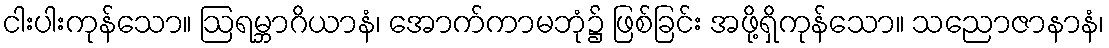
ငါးပါးကုန်သော။ ဩရမ္ဘာဂိယာနံ၊ အောက်ကာမဘုံ၌ ဖြစ်ခြင်း အဖို့ရှိကုန်သော။ သညောဇာနာနံ၊